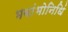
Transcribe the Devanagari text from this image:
भवांभोनिधिं